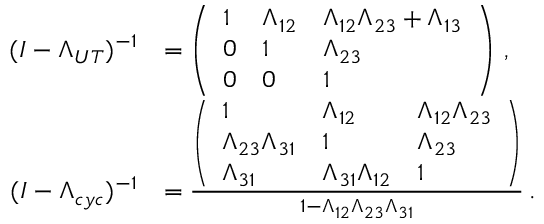
\begin{array} { r l } { ( I - \Lambda _ { U T } ) ^ { - 1 } } & { = \left( \begin{array} { l l l } { 1 } & { \Lambda _ { 1 2 } } & { \Lambda _ { 1 2 } \Lambda _ { 2 3 } + \Lambda _ { 1 3 } } \\ { 0 } & { 1 } & { \Lambda _ { 2 3 } } \\ { 0 } & { 0 } & { 1 } \end{array} \right) \, , } \\ { \medskip ( I - \Lambda _ { c y c } ) ^ { - 1 } } & { = \frac { \left( \begin{array} { l l l } { 1 } & { \Lambda _ { 1 2 } } & { \Lambda _ { 1 2 } \Lambda _ { 2 3 } } \\ { \Lambda _ { 2 3 } \Lambda _ { 3 1 } } & { 1 } & { \Lambda _ { 2 3 } } \\ { \Lambda _ { 3 1 } } & { \Lambda _ { 3 1 } \Lambda _ { 1 2 } } & { 1 } \end{array} \right) } { 1 - \Lambda _ { 1 2 } \Lambda _ { 2 3 } \Lambda _ { 3 1 } } \, . } \end{array}